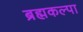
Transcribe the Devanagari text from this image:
ब्रह्मकल्पा